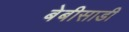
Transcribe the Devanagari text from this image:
बेबीसाडी